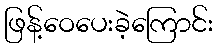
ဖြန့်ဝေပေးခဲ့ကြောင်း